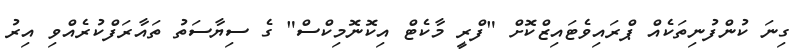
ގިނަ ކުންފުނިތަކެއް ޕްރައިވެޓައިޒްކޮށް "ފްރީ މާކެޓް އިކޮނޮމިކްސް" ގެ ސިޔާސަތު ތައާރަފްކުރެއްވި އިރު